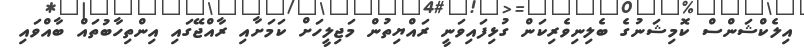
އިލެކްޝަންސް ކޮމިޝަނުގެ ބެލިނިވެރިކަން ގުޅިފައިވަނީ ރައްޔިތުން މަޖިލީހަށް ކަމަށާއި ރާއްޖޭގައި އިންތިހާބުތައް ބާއްވައި